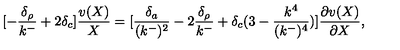
[ - { \frac { \delta _ { \rho } } { k ^ { - } } } + 2 \delta _ { c } ] { \frac { v ( X ) } { X } } = [ { \frac { \delta _ { a } } { ( k ^ { - } ) ^ { 2 } } } - 2 { \frac { \delta _ { \rho } } { k ^ { - } } } + \delta _ { c } ( 3 - { \frac { k ^ { 4 } } { ( k ^ { - } ) ^ { 4 } } } ) ] { \frac { \partial v ( X ) } { \partial X } } ,